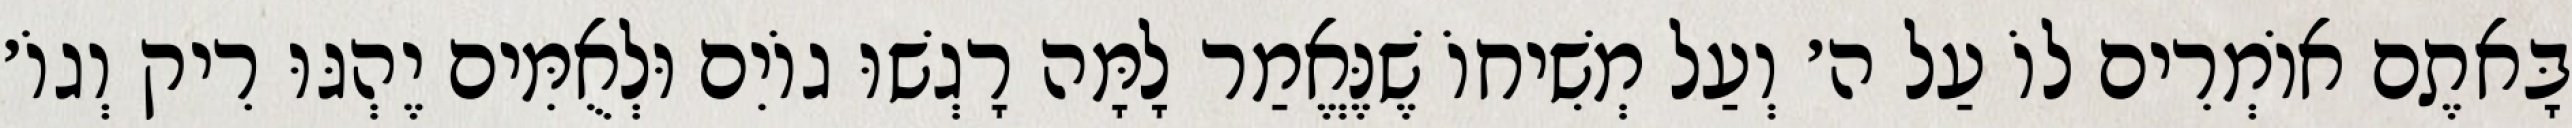
בָּאתֶם אוֹמְרִים לוֹ עַל ה׳ וְעַל מְשִׁיחוֹ שֶׁנֶּאֱמַר לָמָּה רָגְשׁוּ גוֹיִם וּלְאֻמִּים יֶהְגּוּ רִיק וְגוֹ׳